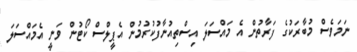
ނަމަވެސް މުބާރަކުގެ ފަރާތުން އެ މައްސަލަ އިސްތިއުނާފުކުރުމުން އެޕީލްސް ކޯޓުން ވަނީ އެމައްސަލަ